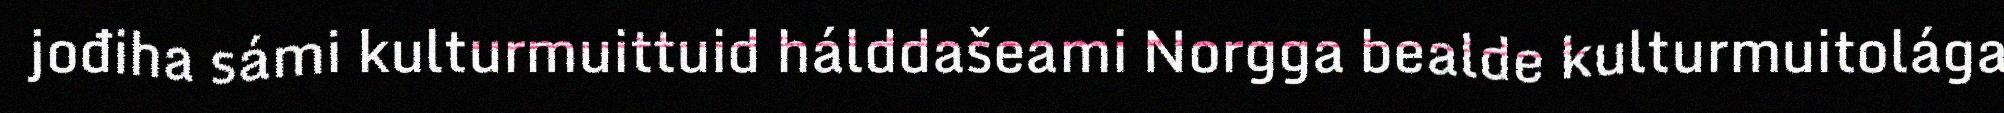
jođiha sámi kulturmuittuid hálddašeami Norgga bealde kulturmuitolága